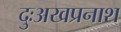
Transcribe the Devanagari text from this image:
दुःअखप्रनाश